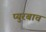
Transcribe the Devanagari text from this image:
प्युरबाच